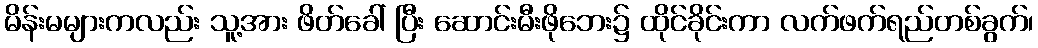
မိန်းမများကလည်း သူ့အား ဖိတ်ခေါ် ပြီး ဆောင်းမီးဖိုဘေး၌ ထိုင်ခိုင်းကာ လက်ဖက်ရည်တစ်ခွက်၊